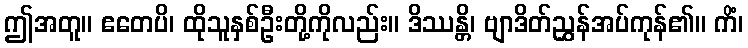
ဤအတူ။ ဧတေပိ၊ ထိုသူနှစ်ဦးတို့ကိုလည်း။ ဒိဿန္တိ၊ ဗျာဒိတ်ညွှန်အပ်ကုန်၏။ ကိံ၊